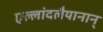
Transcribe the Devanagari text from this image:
एल्लांदलैयानान्